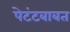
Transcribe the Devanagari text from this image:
पेटंटबाबत